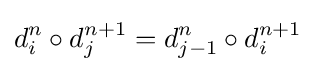
d_{i}^{n}\circ d_{j}^{n+1}=d_{j-1}^{n}\circ d_{i}^{n+1}